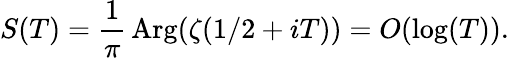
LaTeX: S(T)={\frac{1}{\pi}}\mathop{\mathrm{Arg}}(\zeta(1/2+iT))=O(\log(T)).